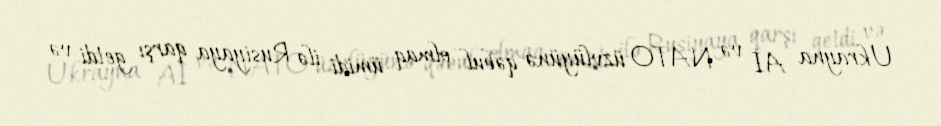
Ukrayna Aİ və NATO üzvlüyünə qəbul olmaq ümidi ilə Rusiyaya qarşı getdi və